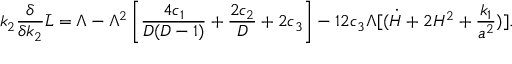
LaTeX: k _ { 2 } { \frac { \delta } { \delta k _ { 2 } } } \bar { L } = \Lambda - \Lambda ^ { 2 } \left[ { \frac { 4 c _ { 1 } } { D ( D - 1 ) } } + { \frac { 2 c _ { 2 } } { D } } + 2 c _ { 3 } \right] - 1 2 c _ { 3 } \Lambda [ ( \dot { H } + 2 H ^ { 2 } + { \frac { k _ { 1 } } { a ^ { 2 } } } ) ] .